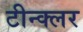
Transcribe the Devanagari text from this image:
टीन्क्लर